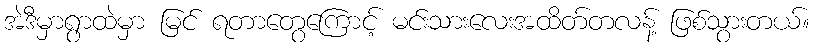
အဲဒီမှာရွာထဲမှာ မြင် ရတာတွေကြောင့် မင်းသားလေးအထိတ်တလန့် ဖြစ်သွားတယ်။